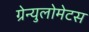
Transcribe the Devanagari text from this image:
ग्रेन्युलोमेटस